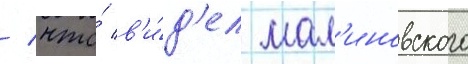
/ что́ в'и́д'ел мал'иновского